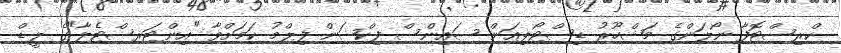
ކްރިސްޓޮފާ ނޯލަންގެ މަޝްހޫރު ޑިސްޓޯޕިއަން ސައިންސް ފިކްޝަން ފިލްމު ކަމަށްވާ "އިންޓަރސްޓެލާ"ގެ ލީޑް